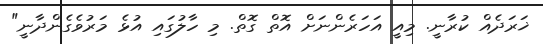
ޚަރަދެއް ކުރާނީ. މިއީ އަހަރެންނަށް އޮތް ގޮތް. މި ހާލުގައި އުޅެ މަރުވެގެންދާނީ"